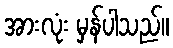
အားလုံး မှန်ပါသည်။